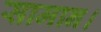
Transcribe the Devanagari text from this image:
सामान।